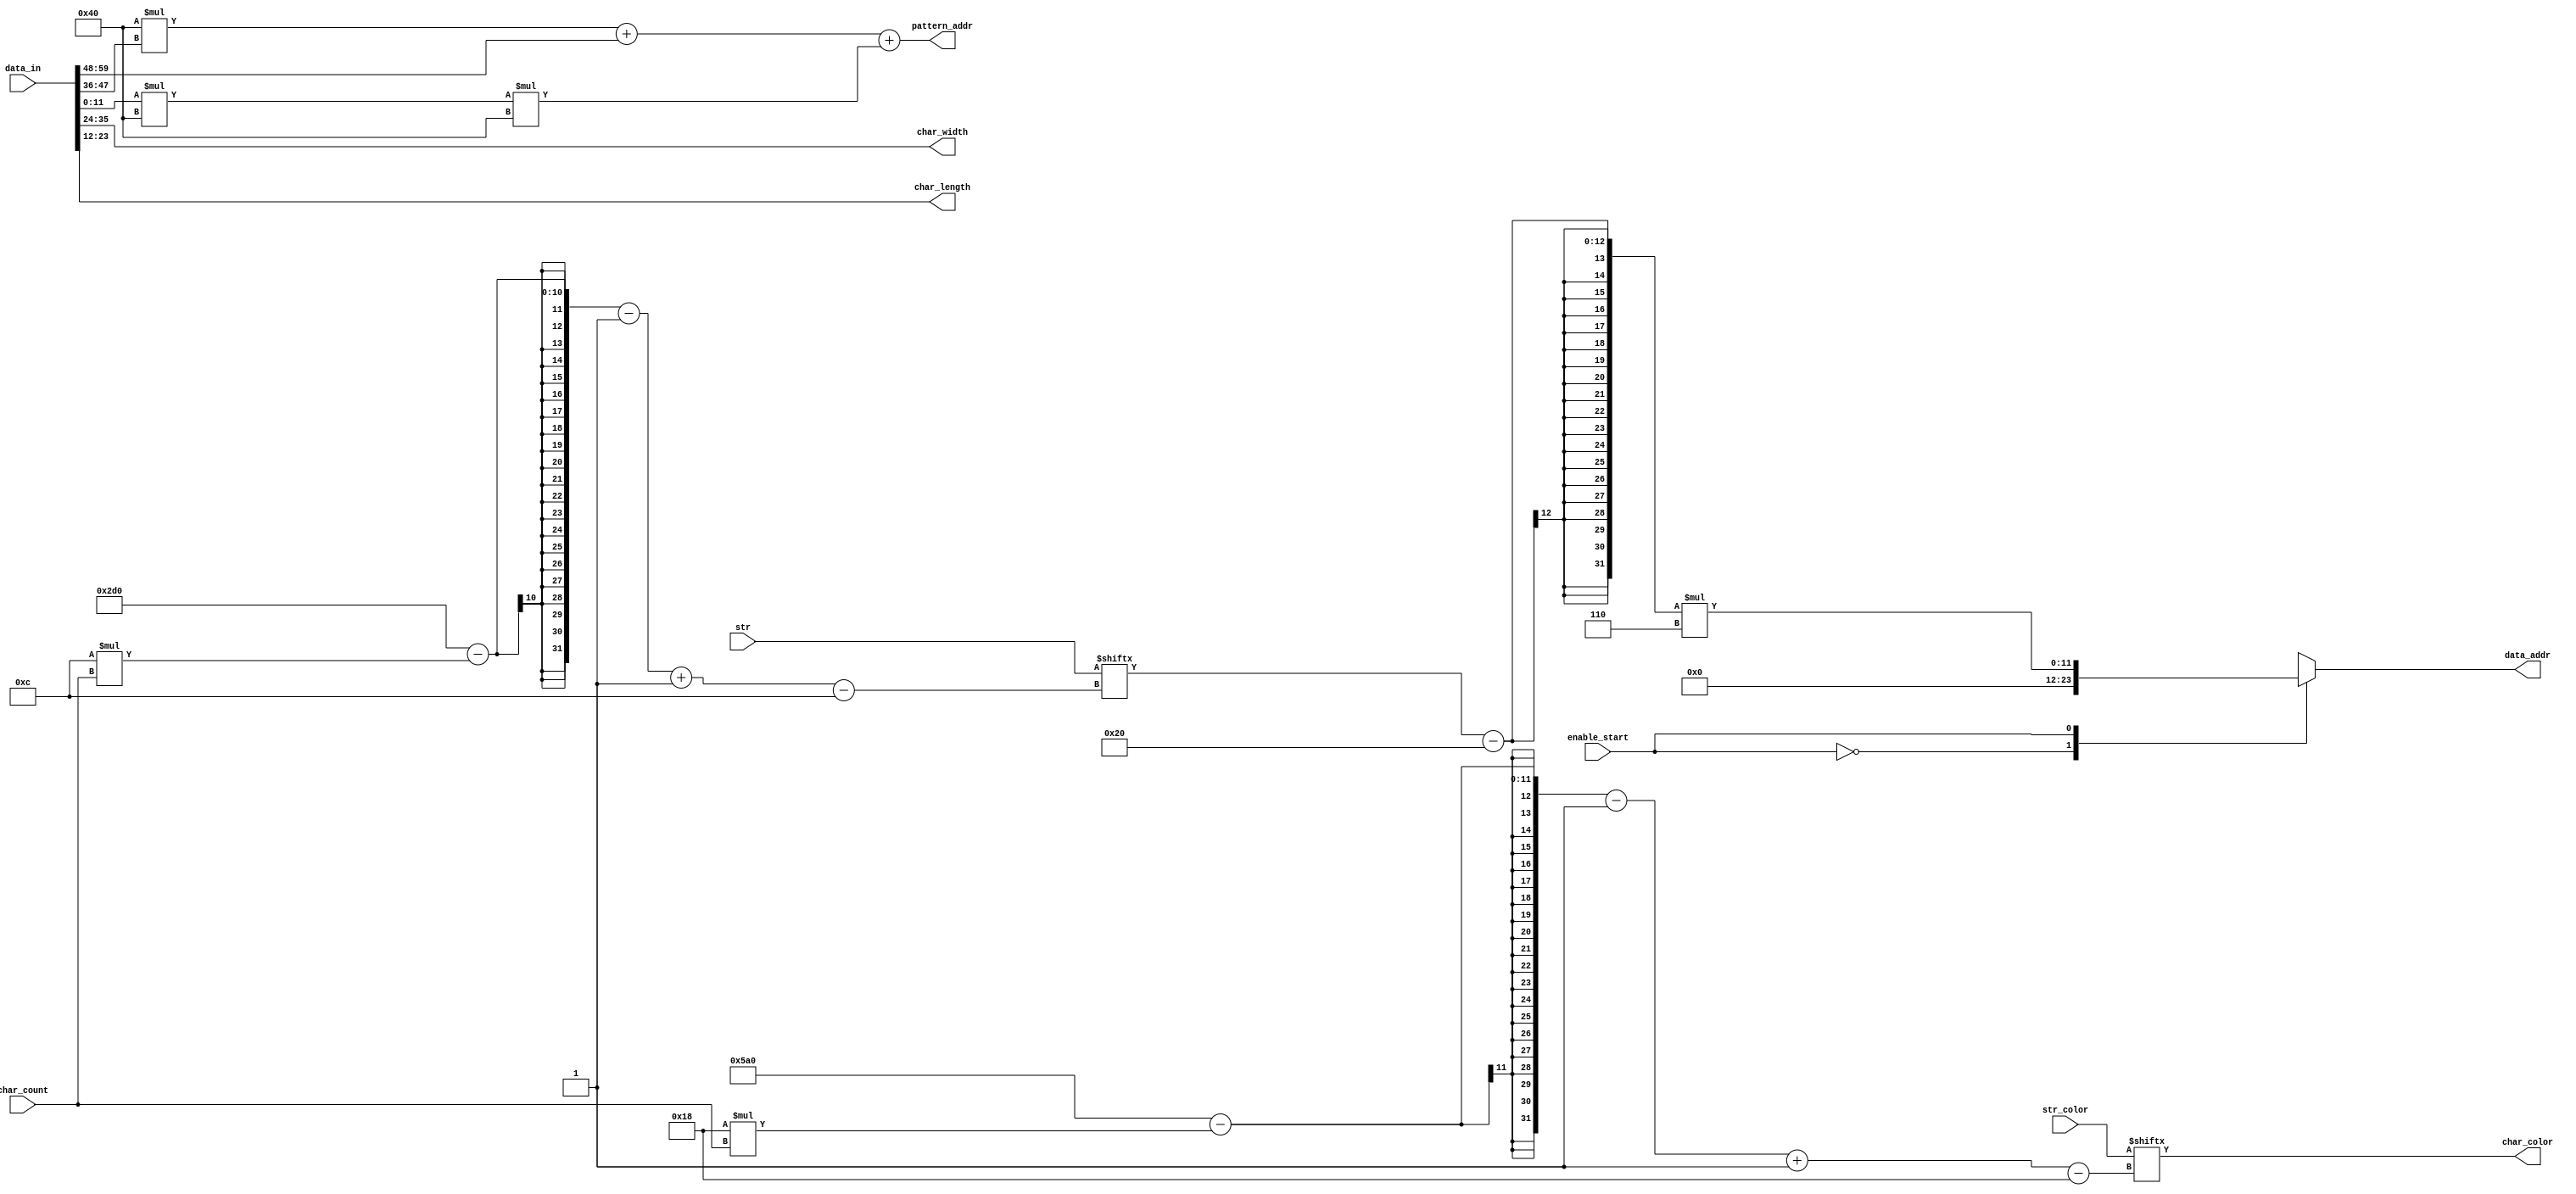
`timescale 1ns / 1ps
module string_decoder #(
    parameter STRING_LENGTH = 60,
    parameter CHAR_ENCODING = 12,
    parameter DATA_WIDTH = 24,
    parameter PAGES = 2, 
    parameter PNG_W = 64,
    parameter PNG_H = 64,
    parameter LAST_CHAR = 383
    ) (
    input [CHAR_ENCODING*STRING_LENGTH-1 : 0] str, 
    input [STRING_LENGTH*DATA_WIDTH-1 : 0] str_color,
    input [5*CHAR_ENCODING-1:0] data_in,
    input enable_start,
    input [$clog2(STRING_LENGTH)-1:0] char_count,
    output reg [$clog2((LAST_CHAR-31)*6)-1:0] data_addr, 
    output reg [$clog2(PAGES*PNG_W*PNG_H)-1:0] pattern_addr,
    output reg [CHAR_ENCODING-1:0] char_width,
    output reg [CHAR_ENCODING-1:0] char_length,
    output reg [DATA_WIDTH-1:0] char_color 
);

always @(*) begin 
char_width = data_in[3*CHAR_ENCODING-1:2*CHAR_ENCODING];
char_length = data_in[2*CHAR_ENCODING-1:CHAR_ENCODING];
pattern_addr = PNG_W*data_in[4*CHAR_ENCODING-1:3*CHAR_ENCODING] + data_in[5*CHAR_ENCODING-1:4*CHAR_ENCODING] + data_in[CHAR_ENCODING-1:0]*PNG_W*PNG_H;
char_color = str_color[STRING_LENGTH*DATA_WIDTH - DATA_WIDTH*char_count - 1 -: DATA_WIDTH];
case (enable_start) 
1'b0: begin data_addr <= 'd0; 
             end
1'b1: begin data_addr <= (str[CHAR_ENCODING*STRING_LENGTH - CHAR_ENCODING*char_count - 1 -: CHAR_ENCODING] - 32)*6;
           
             end
endcase

end

endmodule